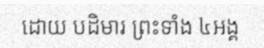
ដោយ បដិមារ ព្រះទាំង ៤អង្គ